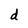
Character: d